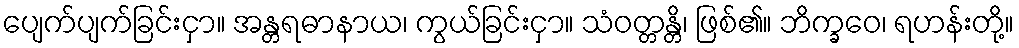
ပျေက်ပျက်ခြင်းငှာ။ အန္တရဓာနာယ၊ ကွယ်ခြင်းငှာ။ သံဝတ္တန္တိ၊ ဖြစ်၏။ ဘိက္ခဝေ၊ ရဟန်းတို့။